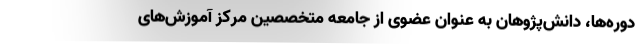
دوره‌ها، دانش‌پژوهان به عنوان عضوی از جامعه متخصصین مرکز آموزش‌های